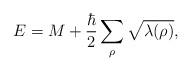
LaTeX: \begin{align*}E=M+{\hbar \over2}\sum_\rho\sqrt{\lambda(\rho)},\end{align*}